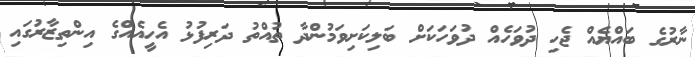
ނާރުގެ ބައްޔެއް ޖެހި ދުވަހެއް ދުވަހަކަށް ބަލިކަށިވަމުންދާ ތުއްތު ދަރިފުޅު އެހީއެއްގެ އިންތިޒާރުގައި